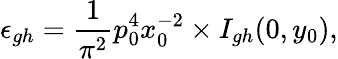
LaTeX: \epsilon_{gh}={\frac{1}{\pi^{2}}}p_{0}^{4}x_{0}^{-2}\times I_{gh}(0,y_{0}),